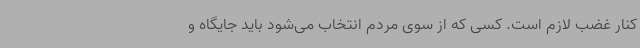
کنار غضب لازم است. کسی که از سوی مردم انتخاب می‌شود باید جایگاه و